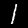
Digit: 1